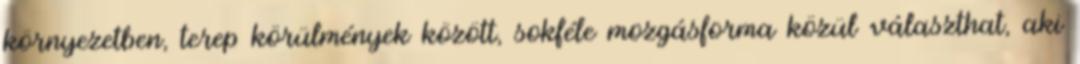
környezetben, terep körülmények között, sokféle mozgásforma közül választhat, aki